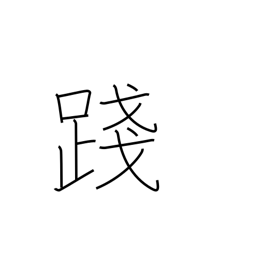
Meaning: trample